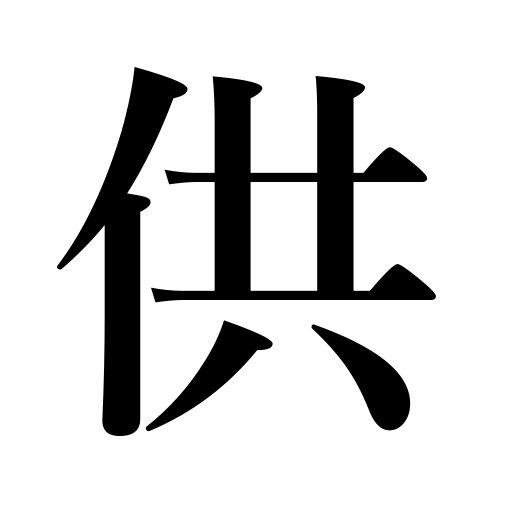
Meanings: serve a meal,present,submit,supply,sacrifice,companion,retinue,offer,attendant,dedicte